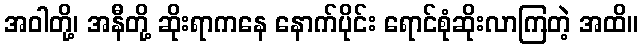
အဝါတို့၊ အနီတို့ ဆိုးရာကနေ နောက်ပိုင်း ရောင်စုံဆိုးလာကြတဲ့ အထိ။